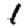
Digit: 1